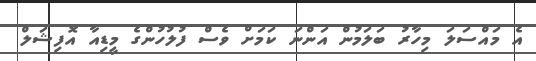
އެ މައްސަލަ މިހާރު ބަލަމުން އަންނަ ކަމަށް ވެސް ފުލުހުންގެ މީޑިއާ އޮފިޝަލް